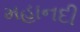
મહાનદી